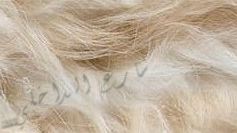
شارع الداخلي